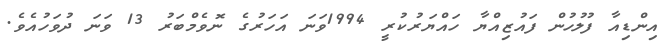
އިންޑިއާ ފުލުހުން ފައުޒިއްޔާ ހައްޔަރުކުރީ 1994ވަނަ އަހަރުގެ ނޮވެމްބަރު 13 ވަނަ ދުވަހުއެވެ.